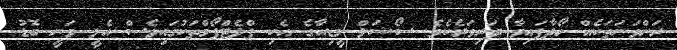
ރަންވަނަތަކެއް ހޯދާފައިވާ ދަރިވަރެކެވެ. ސޯޝަލް މީޑިއާގެ އެކި ޕްލެޓްފޯމްތަކުގައިވެސް އެލީ ވަނީ ބޮޑު